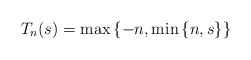
\begin{align*}T_{n}(s)=\max\left\{ -n,\min\left\{ n,s\right\} \right\}\end{align*}